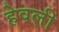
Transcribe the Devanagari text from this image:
हेवली